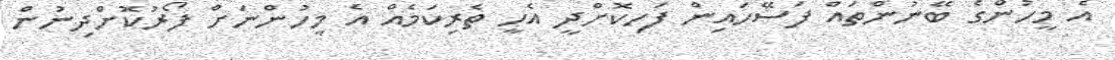
އެ މީހުންގެ ބޭނުންތައް ފަސޭހައިން ފަހިކޮށްދީ އެހީ ތެރިކަމެއް އެ މީހުންނަށް ފޯރުކޮށްދިނުން